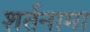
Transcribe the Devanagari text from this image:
शर्तनामा